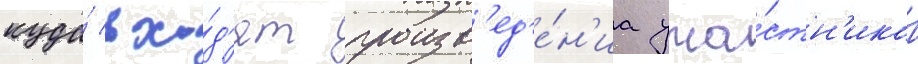
куда́ вхо́д'ят произв'ед'е́н'иа уча́стн'иков